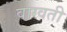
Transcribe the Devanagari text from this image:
वाग्वती